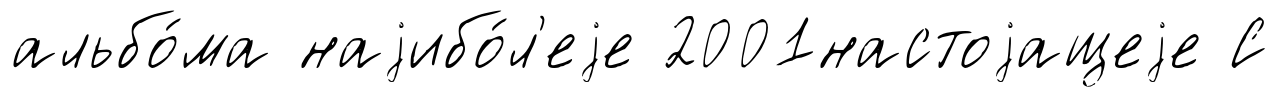
альбо́ма наjибо́л'еjе 2001настоjащеjе С